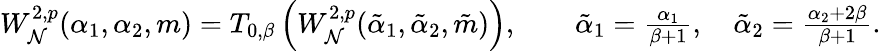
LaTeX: \begin{array}{r}{W_{\mathcal{N}}^{2,p}(\alpha_{1},\alpha_{2},m)=T_{0,\beta}\left(W_{\mathcal{N}}^{2,p}(\tilde{\alpha}_{1},\tilde{\alpha}_{2},\tilde{m})\right),\qquad\tilde{\alpha}_{1}=\frac{\alpha_{1}}{\beta+1},\quad\tilde{\alpha}_{2}=\frac{\alpha_{2}+2\beta}{\beta+1}.}\end{array}